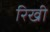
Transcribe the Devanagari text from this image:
रिखी